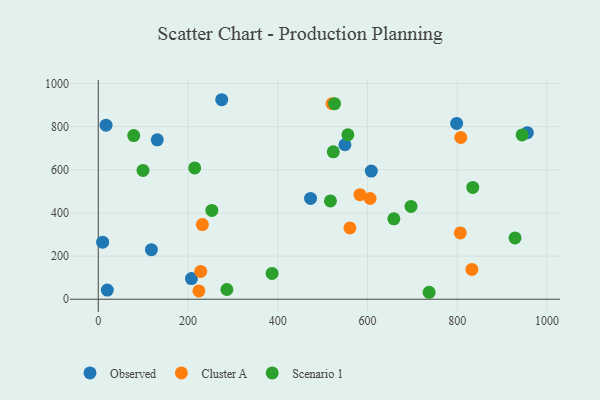
{"axis": {"x": "Experience", "y": "Sales"}, "legend": ["Cluster A", "Observed", "Scenario 1"], "data": [{"x": "956.5", "y": 772.4, "type": "Observed"}, {"x": "608.6", "y": 594.3, "type": "Observed"}, {"x": "9.7", "y": 264.3, "type": "Observed"}, {"x": "798.8", "y": 815.0, "type": "Observed"}, {"x": "549.8", "y": 716.2, "type": "Observed"}, {"x": "275.2", "y": 925.0, "type": "Observed"}, {"x": "131.5", "y": 739.0, "type": "Observed"}, {"x": "473.2", "y": 467.3, "type": "Observed"}, {"x": "207.7", "y": 95.7, "type": "Observed"}, {"x": "20.1", "y": 42.3, "type": "Observed"}, {"x": "17.3", "y": 806.9, "type": "Observed"}, {"x": "118.4", "y": 229.7, "type": "Observed"}, {"x": "606.0", "y": 466.9, "type": "Cluster A"}, {"x": "521.2", "y": 906.8, "type": "Cluster A"}, {"x": "832.8", "y": 138.3, "type": "Cluster A"}, {"x": "583.3", "y": 484.8, "type": "Cluster A"}, {"x": "560.9", "y": 330.5, "type": "Cluster A"}, {"x": "232.1", "y": 346.3, "type": "Cluster A"}, {"x": "808.1", "y": 749.8, "type": "Cluster A"}, {"x": "228.3", "y": 128.8, "type": "Cluster A"}, {"x": "807.0", "y": 307.2, "type": "Cluster A"}, {"x": "224.3", "y": 38.4, "type": "Cluster A"}, {"x": "697.1", "y": 430.1, "type": "Scenario 1"}, {"x": "253.2", "y": 411.6, "type": "Scenario 1"}, {"x": "79.0", "y": 759.0, "type": "Scenario 1"}, {"x": "526.7", "y": 906.7, "type": "Scenario 1"}, {"x": "286.7", "y": 45.0, "type": "Scenario 1"}, {"x": "834.8", "y": 518.3, "type": "Scenario 1"}, {"x": "944.8", "y": 761.8, "type": "Scenario 1"}, {"x": "523.9", "y": 683.3, "type": "Scenario 1"}, {"x": "556.4", "y": 762.7, "type": "Scenario 1"}, {"x": "737.5", "y": 32.2, "type": "Scenario 1"}, {"x": "214.9", "y": 608.9, "type": "Scenario 1"}, {"x": "517.5", "y": 455.9, "type": "Scenario 1"}, {"x": "929.0", "y": 284.0, "type": "Scenario 1"}, {"x": "387.4", "y": 119.5, "type": "Scenario 1"}, {"x": "658.9", "y": 372.6, "type": "Scenario 1"}, {"x": "99.7", "y": 597.4, "type": "Scenario 1"}]}